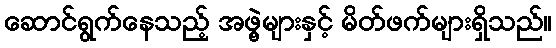
ဆောင်ရွက်နေသည့် အဖွဲ့များနှင့် မိတ်ဖက်များရှိသည်။